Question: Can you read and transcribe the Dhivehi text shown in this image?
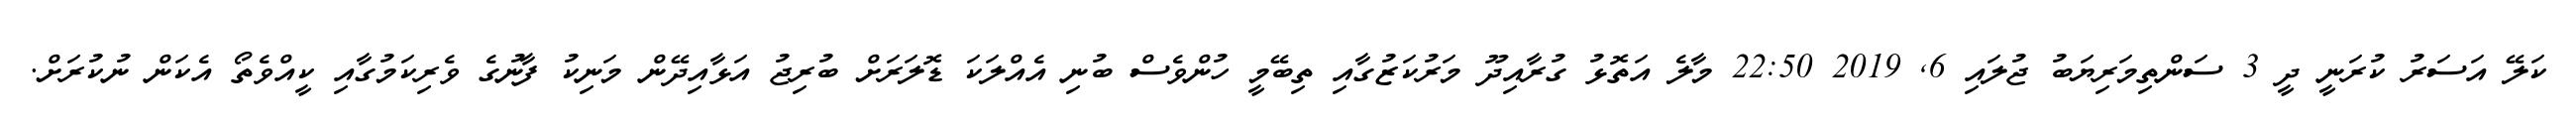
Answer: ކަލޭ އަސަރު ކުރަނީ ދީ 3 ސަންތިމަރިޔަބު ޖުލައި 6, 2019 22:50 މާލެ އަތޮޅު ގުރާއިދޫ މަރުކަޒުގާއި ތިބޭމީ ހުންވެސް ބުނި އެއްލަކަ ޑޮލަރަށް ބުރިޖު އަޅާއިދޭން މަނިކު ފާނުގެ ވެރިކަމުގާއި ކީއްވެތޯ އެކަން ނުކުރަށް.